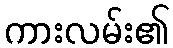
ကားလမ်း၏